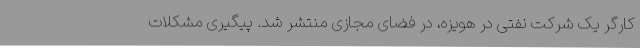
کارگر یک شرکت نفتی در هویزه، در فضای مجازی منتشر شد. پیگیری مشکلات